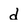
Character: d